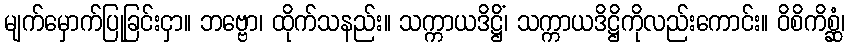
မျက်မှောက်ပြုခြင်းငှာ။ ဘဗ္ဗော၊ ထိုက်သနည်း။ သက္ကာယဒိဋ္ဌိံ၊ သက္ကာယဒိဋ္ဌိကိုလည်းကောင်း။ ဝိစိကိစ္ဆံ၊